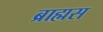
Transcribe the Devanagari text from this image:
ब्राह्मस